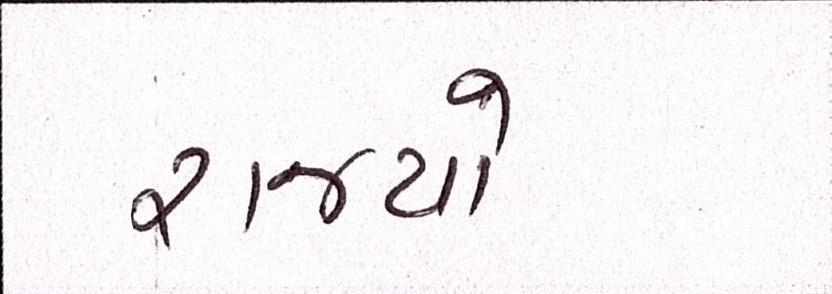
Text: રાજ્યો